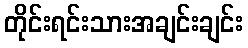
တိုင်းရင်းသားအချင်းချင်း